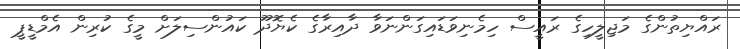
ރައްޔިތުންގެ މަޖިލީހިގެ ރައީސް ހިމެނިވަޑައިގަންނަވާ ދާއިރާގެ ކެޔޮދޫ ކައުންސިލަށް މީގެ ކުރިން އެމްޑީޕީ